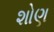
શોણ